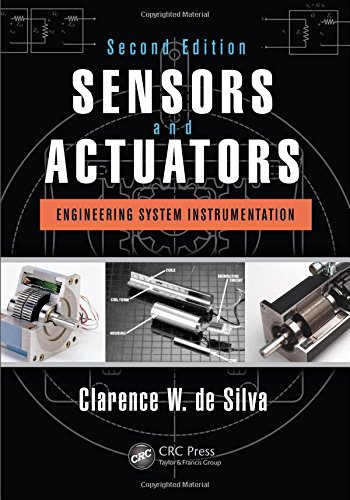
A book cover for Sensors and Actuators: Engineering System Instrumentation, Second Edition; Clarence W. de Silva; Computers & Technology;